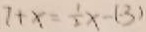
7 + x = \frac { 1 } { 2 } x - ( - 3 )